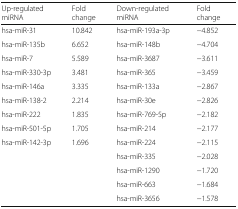
<table><thead><tr><td><b>Up-regulated miRNA</b></td><td><b>Fold change</b></td><td><b>Down-regulated miRNA</b></td><td><b>Fold change</b></td></tr></thead><tbody><tr><td>hsa-miR-31</td><td>10.842</td><td>hsa-miR-193a-3p</td><td>−4.852</td></tr><tr><td>hsa-miR-135b</td><td>6.652</td><td>hsa-miR-148b</td><td>−4.704</td></tr><tr><td>hsa-miR-7</td><td>5.589</td><td>hsa-miR-3687</td><td>−3.611</td></tr><tr><td>hsa-miR-330-3p</td><td>3.481</td><td>hsa-miR-365</td><td>−3.459</td></tr><tr><td>hsa-miR-146a</td><td>3.335</td><td>hsa-miR-133a</td><td>−2.867</td></tr><tr><td>hsa-miR-138-2</td><td>2.214</td><td>hsa-miR-30e</td><td>−2.826</td></tr><tr><td>hsa-miR-222</td><td>1.835</td><td>hsa-miR-769-5p</td><td>−2.182</td></tr><tr><td>hsa-miR-501-5p</td><td>1.705</td><td>hsa-miR-214</td><td>−2.177</td></tr><tr><td>hsa-miR-142-3p</td><td>1.696</td><td>hsa-miR-224</td><td>−2.115</td></tr><tr><td rowspan="4" colspan="2"></td><td>hsa-miR-335</td><td>−2.028</td></tr><tr><td>hsa-miR-1290</td><td>−1.720</td></tr><tr><td>hsa-miR-663</td><td>−1.684</td></tr><tr><td>hsa-miR-3656</td><td>−1.578</td></tr></tbody></table>